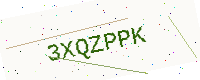
Text: 3XQZPPK